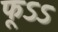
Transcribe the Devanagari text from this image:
फूऽऽ